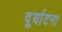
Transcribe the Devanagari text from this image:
दुर्घाटना